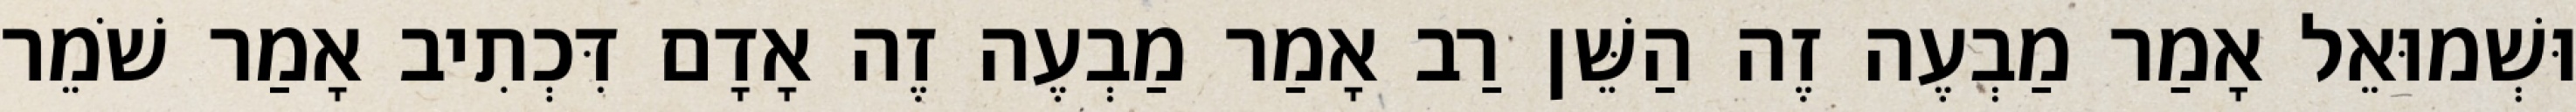
וּשְׁמוּאֵל אָמַר מַבְעֶה זֶה הַשֵּׁן רַב אָמַר מַבְעֶה זֶה אָדָם דִּכְתִיב אָמַר שֹׁמֵר